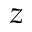
z